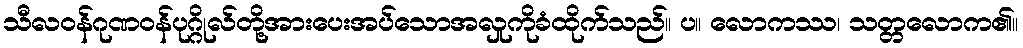
သီလဝန်ဂုဏဝန်ပုဂ္ဂိုလ်တို့အားပေးအပ်သောအလှုကိုခံထိုက်သည်။ ပ။ လောကဿ၊ သတ္တလောက၏။